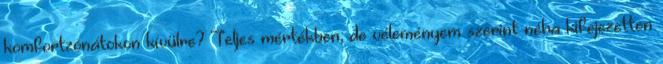
komfortzónátokon kívülre? Teljes mértékben, de véleményem szerint néha kifejezetten